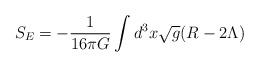
LaTeX: \begin{align*}S_E=-\frac{1}{16\pi G}\int d^3 x\sqrt{g}(R-2\Lambda)\end{align*}